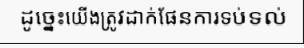
ដូច្នេះយើងត្រូវដាក់ផែនការទប់ទល់